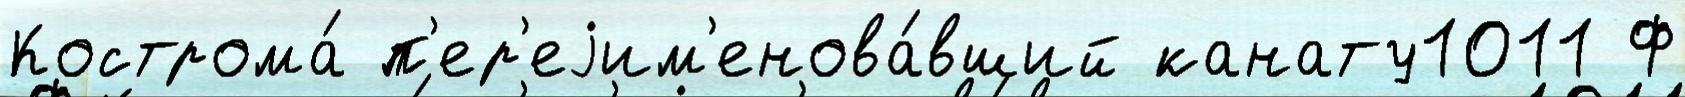
Кострома́ п'ер'еjим'енова́вший канату1011 Ф